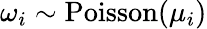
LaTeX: \omega_{i}\sim{\mathrm{Poisson}}(\mu_{i})